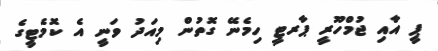
ޕީ އާއި ޖުމްހޫރީ ޕާރޓީ ހިމެނޭ ގޮތުން މިއަދު ވަނީ އެ ކޮމެޓީގެ